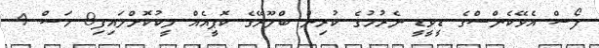
ފޯސް އެވޭކެންސްގެ ޑީވީޑީ ނެރުމުގެ ކުރިން ބްލޫރޭގެ ކޮޕީއެއް ލީކުކޮށްލައިފި8 މަސް 4